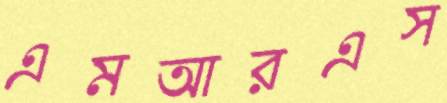
এমআরএস